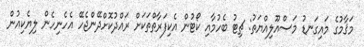
މަޤާމުގެ މައިގަނޑު މަސްއޫލިއްޔަތު: ޗިޓު ބެހުމާއި ކޯޓުން އެކިފަރާތްތަކަށް ރައްދުކޮށްދޭންޖެހޭ އެހެނިހެން ލިޔެކިއުން